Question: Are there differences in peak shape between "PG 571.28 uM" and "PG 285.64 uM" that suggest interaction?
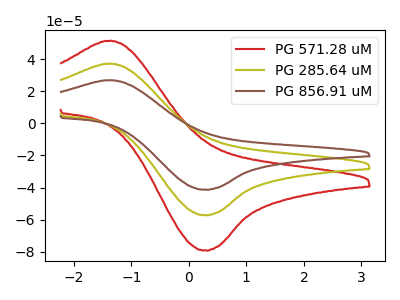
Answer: <think>The red curve "PG 571.28 uM" has an anodic peak at (-1.35V, 51.30uA) and a cathodic peak at (0.30V, -79.05uA). The olive curve "PG 285.64 uM" has an anodic peak at (-1.35V, 37.10uA) and a cathodic peak at (0.30V, -57.15uA). The brown curve "PG 856.91 uM" has an anodic peak at (-1.35V, 74.20uA) and a cathodic peak at (0.30V, -114.25uA).
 All the peaks in "PG 571.28 uM" have a peak in "PG 285.64 uM" at the same potential. Every peak in "PG 571.28 uM" is higher than every peak in "PG 285.64 uM".</think>
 <answer>No, "PG 571.28 uM" and "PG 285.64 uM" don't appear to be significantly different in shape</answer>
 <eval>no_change</eval>